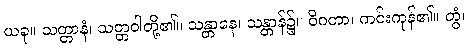
ယခု။ သတ္တာနံ၊ သတ္တဝါတို့၏။ သန္တာနေ၊ သန္တာန်၌။ ဝိဂတာ၊ ကင်းကုန်၏။ တွံ၊